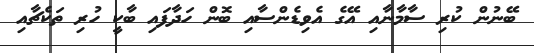
ބޭނުން ކުރި ސާމާނާއި އޭގެ އެވިޑެންސާއި ބޮން ހަދާފައި ބާކީ ހުރި ތަކެޗާއި